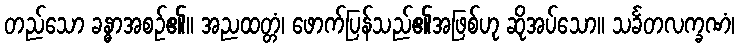
တည်သော ခန္ဓာအစဉ်၏။ အညထတ္တံ၊ ဖောက်ပြန်သည်၏အဖြစ်ဟု ဆိုအပ်သော။ သင်္ခတလက္ခဏံ၊